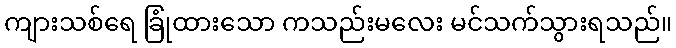
ကျားသစ်ရေ ခြုံထားသော ကသည်းမလေး မင်သက်သွားရသည်။